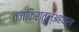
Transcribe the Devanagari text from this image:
तजकिरातुल्अहवाल